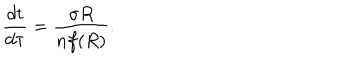
\frac { d t } { d \tau } = \frac { \sigma R } { n f ( R ) } .